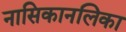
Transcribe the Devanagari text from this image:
नासिकानलिका